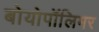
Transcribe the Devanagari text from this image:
बोयोपॉलिमर